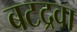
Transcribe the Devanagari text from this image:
बटद्रवा